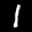
Label: 1